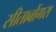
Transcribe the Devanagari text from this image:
सीताबोंगरा